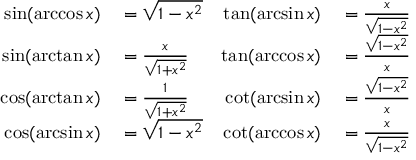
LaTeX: \begin{array} { r l r l } { \sin ( \operatorname { a r c c o s } x ) } & { { } = { \sqrt { 1 - x ^ { 2 } } } } & { \tan ( \arcsin x ) } & { { } = { \frac { x } { \sqrt { 1 - x ^ { 2 } } } } } \\ { \sin ( \arctan x ) } & { { } = { \frac { x } { \sqrt { 1 + x ^ { 2 } } } } } & { \tan ( \operatorname { a r c c o s } x ) } & { { } = { \frac { \sqrt { 1 - x ^ { 2 } } } { x } } } \\ { \cos ( \arctan x ) } & { { } = { \frac { 1 } { \sqrt { 1 + x ^ { 2 } } } } } & { \cot ( \arcsin x ) } & { { } = { \frac { \sqrt { 1 - x ^ { 2 } } } { x } } } \\ { \cos ( \arcsin x ) } & { { } = { \sqrt { 1 - x ^ { 2 } } } } & { \cot ( \operatorname { a r c c o s } x ) } & { { } = { \frac { x } { \sqrt { 1 - x ^ { 2 } } } } } \end{array}